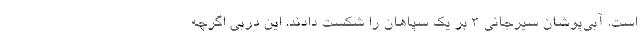
است. آبی‌پوشان سیرجانی 3 بر یک سپاهان را شکست دادند. این دربی اگرچه